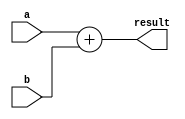
//-----------------------------------------------------------------------------
// Title         : ALU Behavioral Model
//-----------------------------------------------------------------------------

module add32 (
    a,
    b,
    result
);
    input [31:0] a, b;
    output [31:0] result;

    assign result = a + b;
endmodule